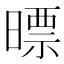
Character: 㬓